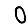
Digit: 0